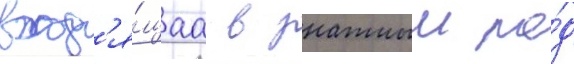
вход'я́щаа в знатныи ро́д